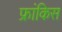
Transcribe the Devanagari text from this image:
फ्रांकिस